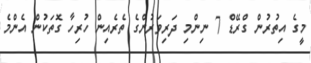
މީގެ އިތުރުން ގްރޭޑް 7 ނިންމި ދަރިވަރުންގެ ތެރެއިން ހުރިހާ ގޮތަކުން އެންމެ